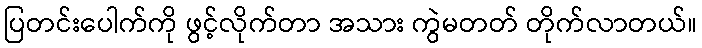
ပြတင်းပေါက်ကို ဖွင့်လိုက်တာ အသား ကွဲမတတ် တိုက်လာတယ်။